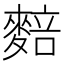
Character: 䴺